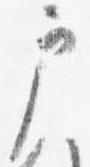
戸